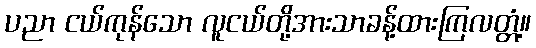
ပညာ ငယ်ကုန်သော လူငယ်တို့အားသာခန့်ထားကြလတ္တံ့။